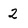
Character: 2